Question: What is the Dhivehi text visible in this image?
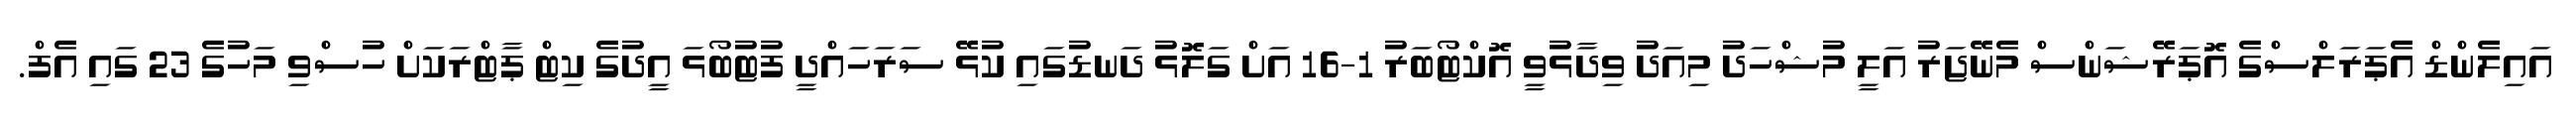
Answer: އައިލެންޑް އެޕަރަލްސްގެ އޮޕަރޭޝަންސް މެނޭޖަރު އަލީ މުޝްހަދު މިއަދު ވިދާޅުވީ އޮކްޓޯބަރު 1-16 އަށް ގަލޮޅު ދަނޑުގައި ކުޅޭ ސަރަހައްދީ ފުޓުބޯޅަ އީދުގެ ކިޓް ޕާޓްރަކަށް ހުސްވި މަހުގެ 23 ގައި އެފް.